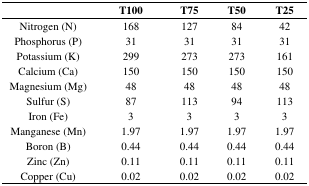
|  | T100 | T75 | T50 | T25 |
 | --- | --- | --- | --- | --- |
 | Nitrogen (N) | 168 | 127 | 84 | 42 |
 | Phosphorus (P) | 31 | 31 | 31 | 31 |
 | Potassium (K) | 299 | 273 | 273 | 161 |
 | Calcium (Ca) | 150 | 150 | 150 | 150 |
 | Magnesium (Mg) | 48 | 48 | 48 | 48 |
 | Sulfur (S) | 87 | 113 | 94 | 113 |
 | Iron (Fe) | 3 | 3 | 3 | 3 |
 | Manganese (Mn) | 1.97 | 1.97 | 1.97 | 1.97 |
 | Boron (B) | 0.44 | 0.44 | 0.44 | 0.44 |
 | Zinc (Zn) | 0.11 | 0.11 | 0.11 | 0.11 |
 | Copper (Cu) | 0.02 | 0.02 | 0.02 | 0.02 |